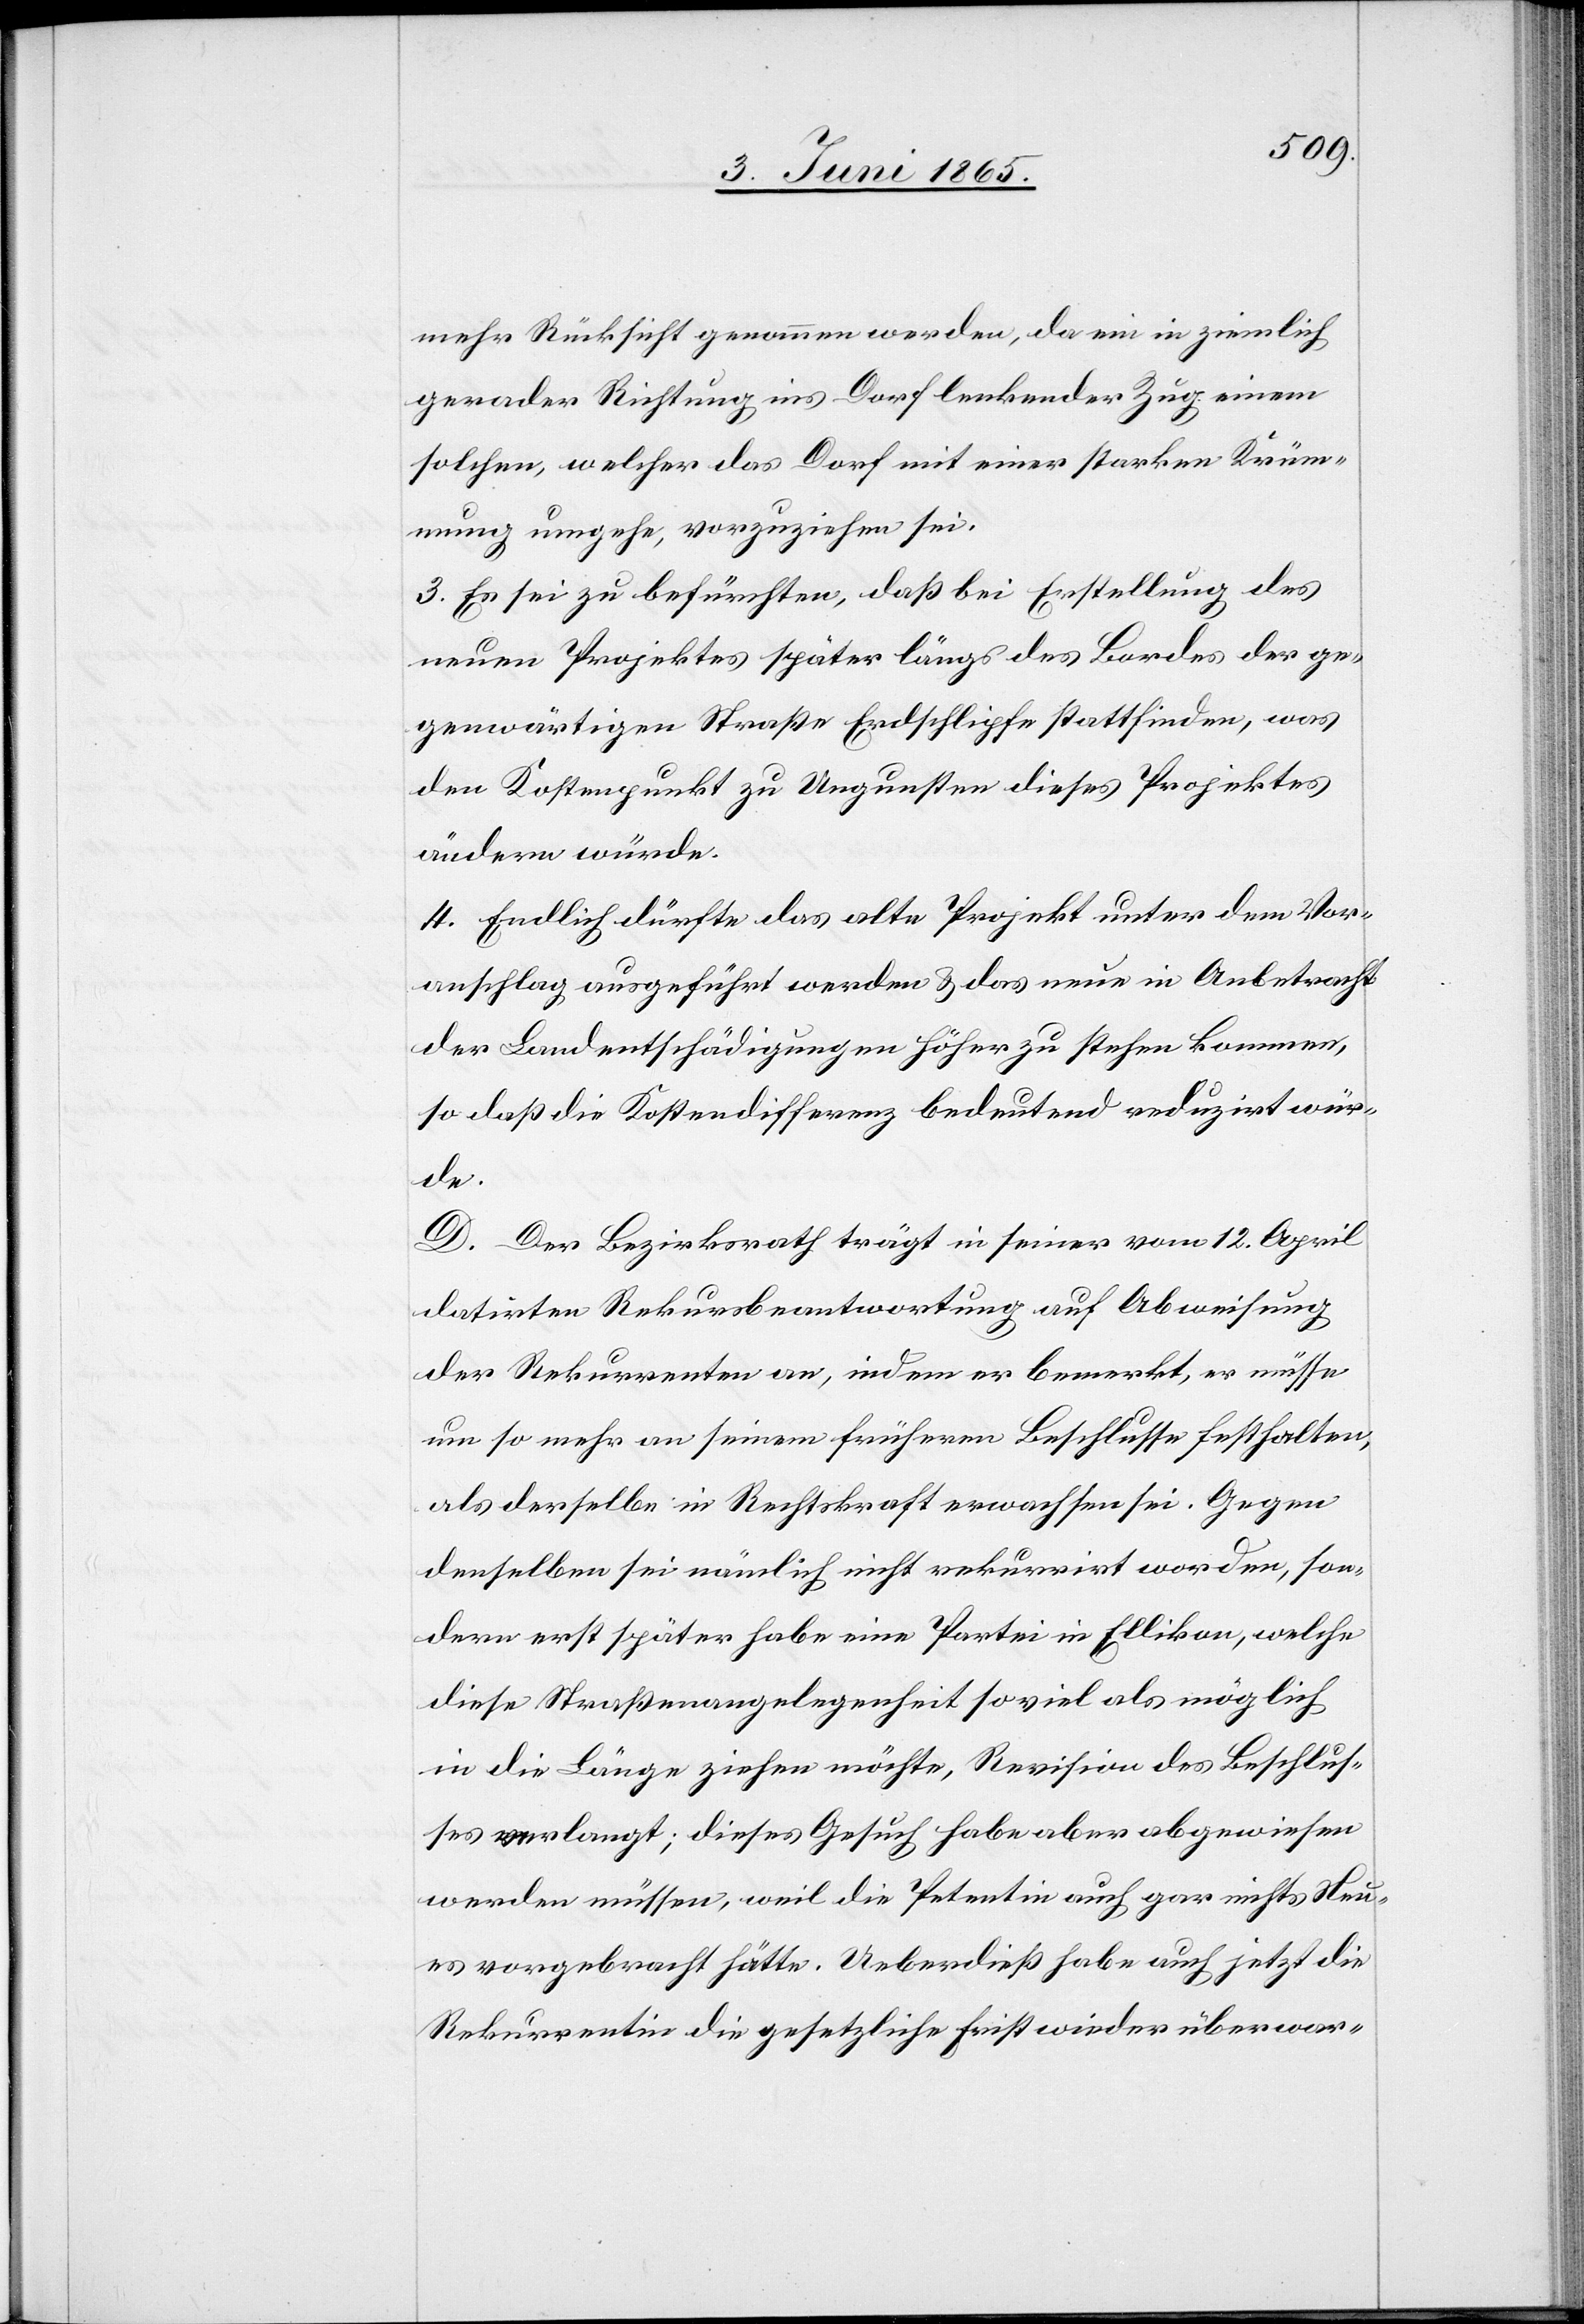
mehr Rücksicht genommen werden, da ein in ziemlich
gerader Richtung ins Dorf lenkender Zug einem
solchen, welcher das Dorf mit einer starken Krüm¬
mung umgehe, vorzuziehen sei.
3. Es sei zu befürchten, daß bei Erstellung des
neuen Projektes später längs des Bordes der ge¬
genwärtigen Straße Erdschlipfe stattfinden, was
den Kostenpunkt zu Ungunsten dieses Projektes
ändern würde.
4. Endlich dürfte das alte Projekt unter dem Vor¬
anschlag angeführt werden & das neue in Anbetracht
der Landentschädigungen höher zu stehen kommen,
so daß die Kostendifferenz bedeutend reduzirt wür¬
de.
D. Der Bezirksrath trägt in seiner vom 12. April
datirten Rekursbeantwortung auf Abweisung
der Rekurrenten an, indem er bemerkt, er müsse
um so mehr an seinem früheren Beschlusse festhalten,
als derselbe in Rechtskraft erwachsen sei. Gegen
denselben sei nämlich nicht rekurrirt worden, son¬
dern erst später habe eine Partei in Ellikon, welche
diese Straßenangelegenheit so viel als möglich
in die Länge ziehen möchte, Revision des Beschlus¬
ses verlangt; dieses Gesuch habe aber abgewiesen
werden müssen, weil die Petentin auch gar nichts Neu¬
es vorgebracht hätte. Ueberdieß habe auch jetzt die
Rekurrentin die gesetzliche Frist wieder überwar-